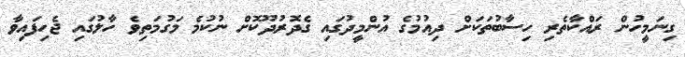
ގިނަމީހުން ރައްކާތެރި ހިސާބުތަކަށް ދިއުމުގެ އުންމީދުގައި ގެދޮރުދޫކޮށް ނުކުމެ މަގުމަތިވެ ހާލުގައި ޖެހިފައިވާ